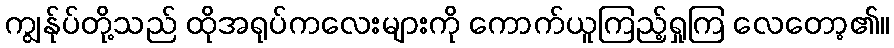
ကျွန်ုပ်တို့သည် ထိုအရုပ်ကလေးများကို ကောက်ယူကြည့်ရှုကြ လေတော့၏။